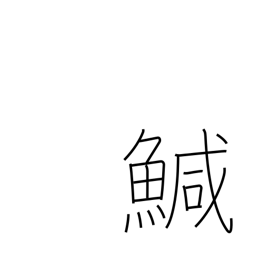
Meaning: turbot